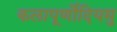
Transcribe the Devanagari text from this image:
कलापूर्णोदियमु